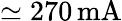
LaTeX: \mathrm{\simeq 270\, mA}